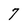
Character: 7